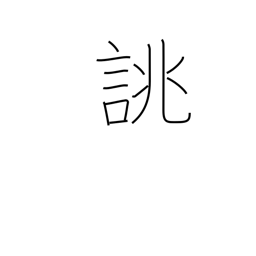
Meaning: order